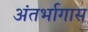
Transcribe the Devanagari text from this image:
अंतर्भागास